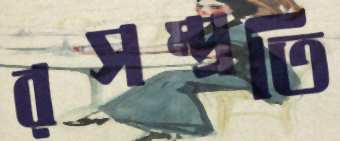
রসম্প্রতি